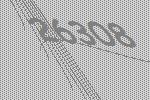
26308